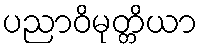
ပညာဝိမုတ္တိယာ